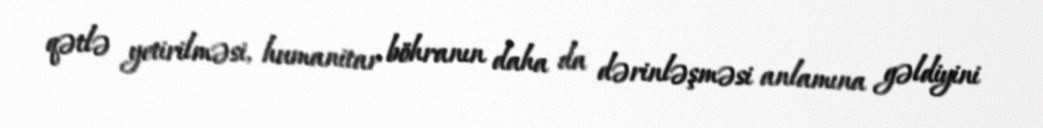
qətlə yetirilməsi, humanitar böhranın daha da dərinləşməsi anlamına gəldiyini